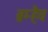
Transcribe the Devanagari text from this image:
ब्रम्हैव